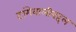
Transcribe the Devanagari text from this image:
टांगेवालीबद्दल